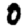
Digit: 0